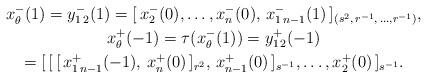
LaTeX: \begin{gather*}x^-_{\theta}(1)=y_{1\,2}^-(1)=[\,x_2^-(0),\ldots, x_n^-(0),\,x_{1\,n-1}^-(1)\,]_{(s^2,\,r^{-1},\,\ldots,r^{-1})},\\x_{\theta}^+(-1)=\tau(x^-_{\theta}(1))=y_{1\,2}^+(-1)\\=[\,[\,[\,x_{1\,n-1}^+(-1),\,x_n^+(0)\,]_{r^2},\,x_{n-1}^+(0)\,]_{s^{-1}},\ldots, x_2^+(0)\,]_{s^{-1}}.\end{gather*}